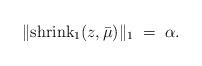
LaTeX: \begin{align*}\|\mbox{shrink}_1(z,\bar{\mu})\|_1 \;=\; \alpha.\end{align*}